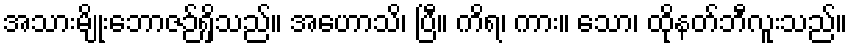
အသားမျိုးဘောဇဉ်ရှိသည်။ အဟောသိ၊ ပြီ။ ကိရ၊ ကား။ သော၊ ထိုနတ်ဘီလူးသည်။